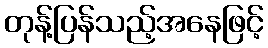
တုန့်ပြန်သည့်အနေဖြင့်